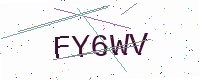
Text: FY6WV